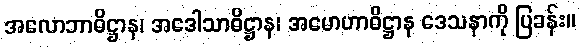
အလောဘာဓိဋ္ဌာန၊ အဒေါသာဓိဋ္ဌာန၊ အမောဟာဓိဋ္ဌာန ဒေသနာကို ပြခန်း။